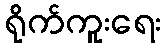
ရိုက်ကူးရေး